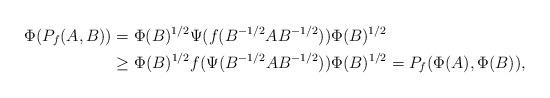
LaTeX: \begin{align*}\Phi(P_f(A,B))&=\Phi(B)^{1/2}\Psi(f(B^{-1/2}AB^{-1/2}))\Phi(B)^{1/2} \\&\ge\Phi(B)^{1/2}f(\Psi(B^{-1/2}AB^{-1/2}))\Phi(B)^{1/2}=P_f(\Phi(A),\Phi(B)),\end{align*}